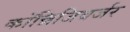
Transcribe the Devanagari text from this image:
कॉन्निजिबर्जर